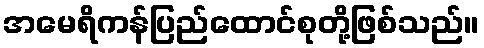
အမေရိကန်ပြည်ထောင်စုတို့ဖြစ်သည်။